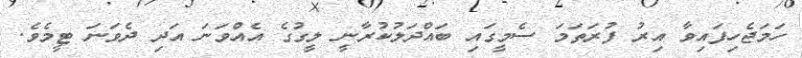
ހަމަޖެހިފައިވާ އިރު ފުރަތަމަ ސެމީގައި ބައްދަލުކުރާނީ ލީގުގެ އެއްވަނަ އަދި ދެވަނަ ޓީމެވެ.